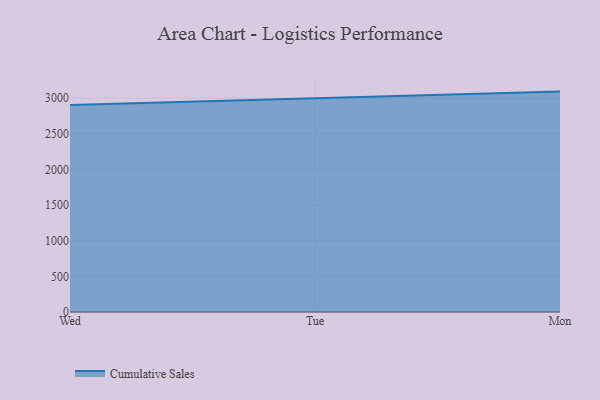
{"axis": {"x": "Day", "y": "Waste Production (Tons)"}, "legend": ["Cumulative Sales"], "data": [{"x": "Wed", "y": 2903.1, "type": "Cumulative Sales"}, {"x": "Tue", "y": 3001.6, "type": "Cumulative Sales"}, {"x": "Mon", "y": 3092.1, "type": "Cumulative Sales"}]}